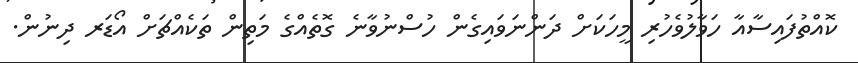
ކޮއްތުފައިސާއާ ހަވާލުވެހުރި މީހަކަށް ދަންނަވައިގެން ހުސްނުވާނެ ގޮތެއްގެ މަތިން ތަކެއްޗަށް އޯޑަރ ދިނުން.